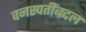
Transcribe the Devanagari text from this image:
वनस्पतींबद्दल